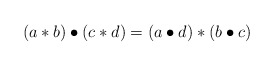
\begin{align*}(a \ast b) \bullet (c \ast d) = (a\bullet d) \ast (b \bullet c) \end{align*}